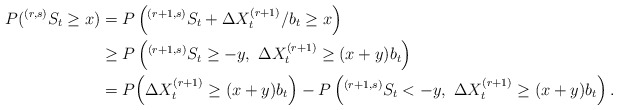
\begin{align*}P(^{(r,s)}S_t \ge x)&= P\left( ^{(r+1,s)}S_t + \Delta X_t^{(r+1)}/b_t \ge x \right) \\ &\ge P\left(^{(r+1,s)}S_t\ge -y,\ \Delta X_t^{(r+1)}\ge (x+y) b_t \right) \\ &=P\Big(\Delta X_t^{(r+1)}\ge (x+y)b_t\Big) - P\left( ^{(r+1,s)}S_t < -y,\ \Delta X_t^{(r+1)}\ge (x+y) b_t\right) . \end{align*}